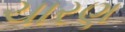
ચારણ